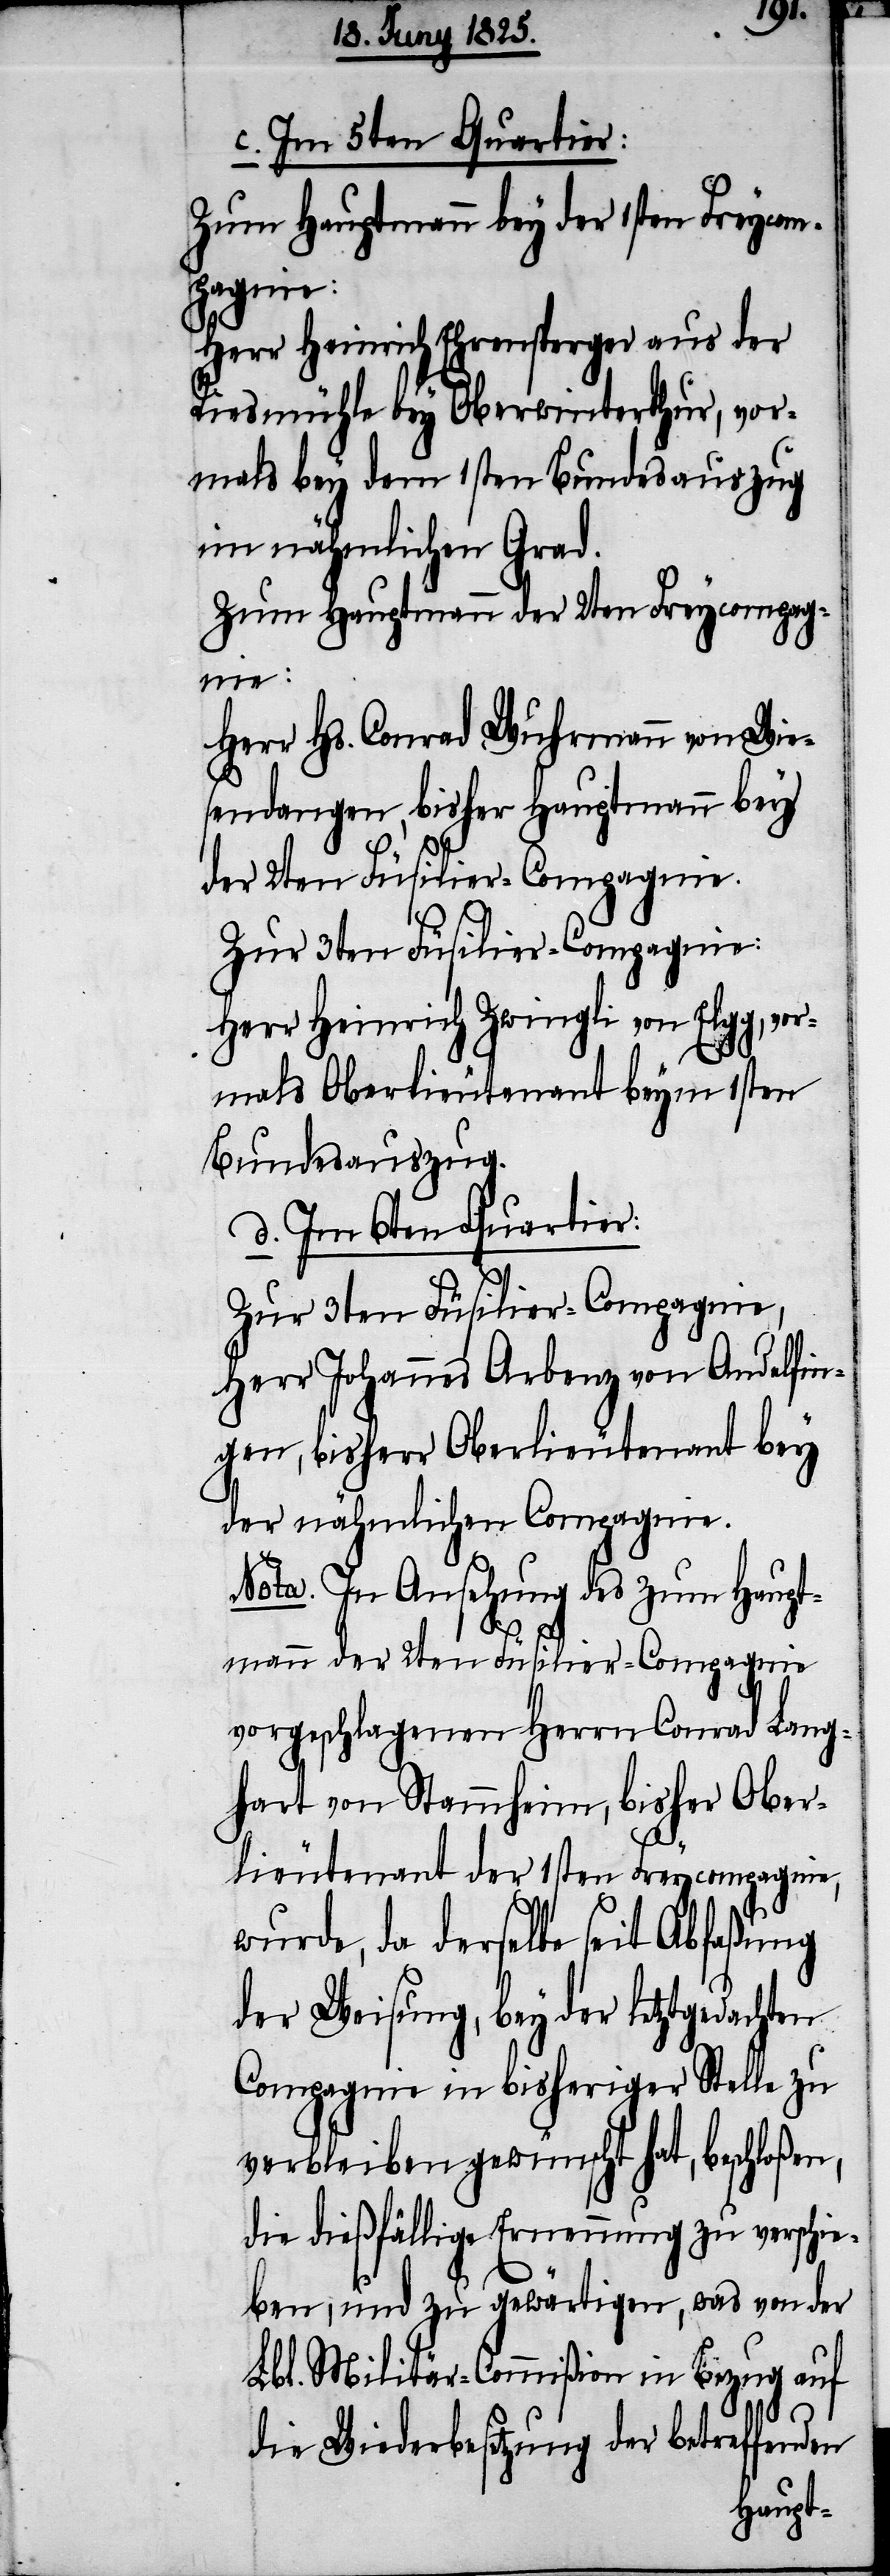
c. Im 5ten Quartier:
Zum Hauptmann bey der 1sten Freycom¬
pagnie:
Herr Heinrich Ehrensperger aus der
Riesmühle bey Oberwinterthur, vor¬
mals bey dem 1sten Bundesauszug
im nähmlichen Grad.
Zum Hauptmann der 2ten Freycompag¬
nie:
Herr Hs. Conrad Wuhrmann von Wie¬
sendangen, bisher Hauptmann bey
der 2ten Füsilir-Compagnie.
Zur 3ten Füsilir-Compagnie:
Herr Heinrich Zwingli von Elgg, vo¬
rmals Oberlieutenant beym 1sten
Bundesauszug.
d. Im 6ten Quartier:
Zur 3ten Füsilir-Compagnie,
Herr Johannes Arbenz von Andelfin¬
gen, bisher Oberlieutenant bey
der nähmlichen Compagnie.
Nota. In Ansehung des zum Haupt¬
mann der 2ten Füsilir-Compagnie
vorgeschlagenen Herrn Conrad Lang¬
hardt von Stammheim, bisher Ober¬
lieutenant der 1sten Freycompagnie,
wurde, da derselbe seit Abfaßung
der Weisung, bey der letztgedachten
Compagnie in bisheriger Stelle zu
verbleiben gewünscht hat, beschloßen,
die dießfällige Ernennung zu verschie¬
ben, und zu gewärtigen, was von der
Lbl. Militär-Commißion in Bezug auf
die Wiederbesetzung der betreffenden